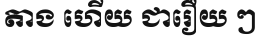
តាង ហើយ ជារឿយ ៗ